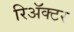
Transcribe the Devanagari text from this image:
रिअॅक्टर